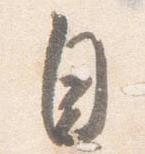
自